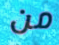
من